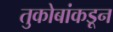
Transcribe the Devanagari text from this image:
तुकोबांकडून